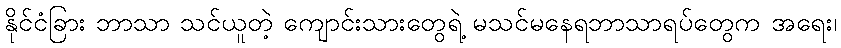
နိုင်ငံခြား ဘာသာ သင်ယူတဲ့ ကျောင်းသားတွေရဲ့ မသင်မနေရဘာသာရပ်တွေက အရေး၊